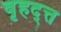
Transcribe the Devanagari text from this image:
बृहद्त्त